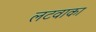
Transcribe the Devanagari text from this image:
लटवाका